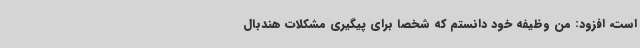
است، افزود: من وظیفه خود دانستم که شخصا برای پیگیری مشکلات هندبال